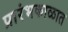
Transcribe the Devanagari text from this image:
प्रारंभकाळात